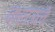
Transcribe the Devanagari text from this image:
क्राउले